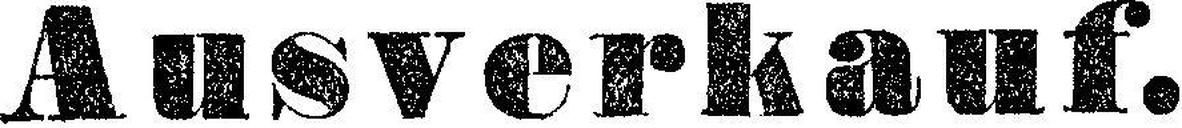
Ausverkauf.